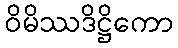
ဝိမိဿဒိဋ္ဌိကော